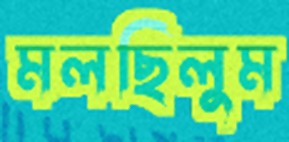
মলছিলুম